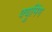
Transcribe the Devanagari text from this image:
क्युमिंग